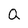
Character: Q